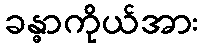
ခန္ဓာကိုယ်အား